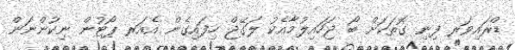
ޑްރައިވަރ ފިނި ގޮތަކަށް ބޯ ޖަހައިލުމާއެކު ލަގޭޖް ހިފައިގެން އެއަރ ޕޯޓުން ނިކުންނަން